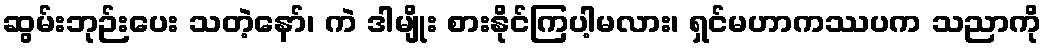
ဆွမ်းဘုဉ်းပေး သတဲ့နော်၊ ကဲ ဒါမျိုး စားနိုင်ကြပါ့မလား၊ ရှင်မဟာကဿပက သညာကို